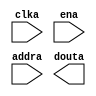
module instructionMemory(
  clka,
  ena,
  addra,
  douta
);

input clka;
input ena;
input [31 : 0] addra;
output [31 : 0] douta;

// synthesis translate_off

  BLK_MEM_GEN_V7_3 #(
    .C_ADDRA_WIDTH(32),
    .C_ADDRB_WIDTH(32),
    .C_ALGORITHM(1),
    .C_AXI_ID_WIDTH(4),
    .C_AXI_SLAVE_TYPE(0),
    .C_AXI_TYPE(1),
    .C_BYTE_SIZE(8),
    .C_COMMON_CLK(0),
    .C_DEFAULT_DATA("0"),
    .C_DISABLE_WARN_BHV_COLL(0),
    .C_DISABLE_WARN_BHV_RANGE(0),
    .C_ENABLE_32BIT_ADDRESS(1),
    .C_FAMILY("spartan6"),
    .C_HAS_AXI_ID(0),
    .C_HAS_ENA(1),
    .C_HAS_ENB(0),
    .C_HAS_INJECTERR(0),
    .C_HAS_MEM_OUTPUT_REGS_A(0),
    .C_HAS_MEM_OUTPUT_REGS_B(0),
    .C_HAS_MUX_OUTPUT_REGS_A(0),
    .C_HAS_MUX_OUTPUT_REGS_B(0),
    .C_HAS_REGCEA(0),
    .C_HAS_REGCEB(0),
    .C_HAS_RSTA(0),
    .C_HAS_RSTB(0),
    .C_HAS_SOFTECC_INPUT_REGS_A(0),
    .C_HAS_SOFTECC_OUTPUT_REGS_B(0),
    .C_INIT_FILE("BlankString"),
    .C_INIT_FILE_NAME("instructionMemory.mif"),
    .C_INITA_VAL("0"),
    .C_INITB_VAL("0"),
    .C_INTERFACE_TYPE(0),
    .C_LOAD_INIT_FILE(1),
    .C_MEM_TYPE(3),
    .C_MUX_PIPELINE_STAGES(0),
    .C_PRIM_TYPE(1),
    .C_READ_DEPTH_A(128),
    .C_READ_DEPTH_B(128),
    .C_READ_WIDTH_A(32),
    .C_READ_WIDTH_B(32),
    .C_RST_PRIORITY_A("CE"),
    .C_RST_PRIORITY_B("CE"),
    .C_RST_TYPE("SYNC"),
    .C_RSTRAM_A(0),
    .C_RSTRAM_B(0),
    .C_SIM_COLLISION_CHECK("ALL"),
    .C_USE_BRAM_BLOCK(0),
    .C_USE_BYTE_WEA(0),
    .C_USE_BYTE_WEB(0),
    .C_USE_DEFAULT_DATA(0),
    .C_USE_ECC(0),
    .C_USE_SOFTECC(0),
    .C_WEA_WIDTH(1),
    .C_WEB_WIDTH(1),
    .C_WRITE_DEPTH_A(128),
    .C_WRITE_DEPTH_B(128),
    .C_WRITE_MODE_A("WRITE_FIRST"),
    .C_WRITE_MODE_B("WRITE_FIRST"),
    .C_WRITE_WIDTH_A(32),
    .C_WRITE_WIDTH_B(32),
    .C_XDEVICEFAMILY("spartan6")
  )
  inst (
    .CLKA(clka),
    .ENA(ena),
    .ADDRA(addra),
    .DOUTA(douta),
    .RSTA(),
    .REGCEA(),
    .WEA(),
    .DINA(),
    .CLKB(),
    .RSTB(),
    .ENB(),
    .REGCEB(),
    .WEB(),
    .ADDRB(),
    .DINB(),
    .DOUTB(),
    .INJECTSBITERR(),
    .INJECTDBITERR(),
    .SBITERR(),
    .DBITERR(),
    .RDADDRECC(),
    .S_ACLK(),
    .S_ARESETN(),
    .S_AXI_AWID(),
    .S_AXI_AWADDR(),
    .S_AXI_AWLEN(),
    .S_AXI_AWSIZE(),
    .S_AXI_AWBURST(),
    .S_AXI_AWVALID(),
    .S_AXI_AWREADY(),
    .S_AXI_WDATA(),
    .S_AXI_WSTRB(),
    .S_AXI_WLAST(),
    .S_AXI_WVALID(),
    .S_AXI_WREADY(),
    .S_AXI_BID(),
    .S_AXI_BRESP(),
    .S_AXI_BVALID(),
    .S_AXI_BREADY(),
    .S_AXI_ARID(),
    .S_AXI_ARADDR(),
    .S_AXI_ARLEN(),
    .S_AXI_ARSIZE(),
    .S_AXI_ARBURST(),
    .S_AXI_ARVALID(),
    .S_AXI_ARREADY(),
    .S_AXI_RID(),
    .S_AXI_RDATA(),
    .S_AXI_RRESP(),
    .S_AXI_RLAST(),
    .S_AXI_RVALID(),
    .S_AXI_RREADY(),
    .S_AXI_INJECTSBITERR(),
    .S_AXI_INJECTDBITERR(),
    .S_AXI_SBITERR(),
    .S_AXI_DBITERR(),
    .S_AXI_RDADDRECC()
  );

// synthesis translate_on

endmodule